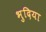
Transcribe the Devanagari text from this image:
भुदिया